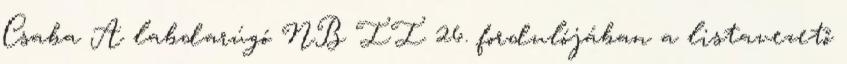
Csaba A labdarúgó NB II 26. fordulójában a listavezető